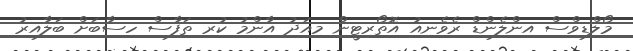
މޯލްޑިވްސް އިންލެންޑް ރެވެނިއު އޮތޯރިޓީން މިއަދު އާންމު ކުރި ތަފާސް ހިސާބަށް ބަލާއިރު